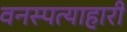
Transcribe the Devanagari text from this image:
वनस्पत्याहारी